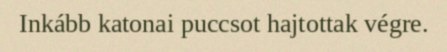
Inkább katonai puccsot hajtottak végre.